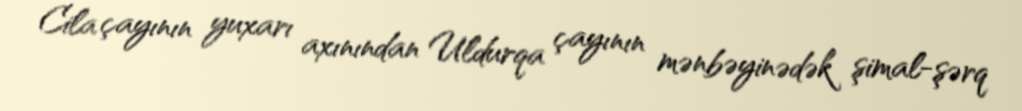
Cila çayının yuxarı axınından Uldurqa çayının mənbəyinədək şimal-şərq